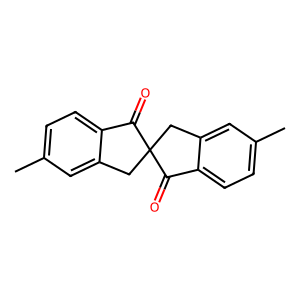
SMILES: Cc1ccc2c(c1)CC1(Cc3cc(C)ccc3C1=O)C2=O
Inhibits HIV replication: No